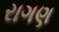
રાગણ